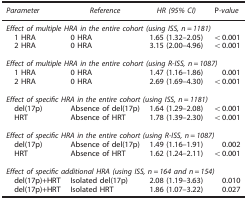
<table><thead><tr><td><b><i>Parameter</i></b></td><td><b><i>Reference</i></b></td><td><b><i>HR (95% CI)</i></b></td><td><b>P<i>-value</i></b></td></tr></thead><tbody><tr><td colspan="4"><i>Effect of multiple HRA in the entire cohort (using ISS, n=1181)</i></td></tr><tr><td> 1 HRA</td><td>0 HRA</td><td>1.65 (1.32–2.05)</td><td>&lt;0.001</td></tr><tr><td> 2 HRA</td><td>0 HRA</td><td>3.15 (2.00–4.96)</td><td>&lt;0.001</td></tr><tr><td> </td><td> </td><td> </td><td> </td></tr><tr><td colspan="4"><i>Effect of multiple HRA in the entire cohort (using R-ISS, n=1087)</i></td></tr><tr><td> 1 HRA</td><td>0 HRA</td><td>1.47 (1.16–1.86)</td><td>0.001</td></tr><tr><td> 2 HRA</td><td>0 HRA</td><td>2.69 (1.69–4.30)</td><td>&lt;0.001</td></tr><tr><td> </td><td> </td><td> </td><td> </td></tr><tr><td colspan="4"><i>Effect of specific HRA in the entire cohort (using ISS, n=1181)</i></td></tr><tr><td> del(17p)</td><td>Absence of del(17p)</td><td>1.64 (1.29–2.08)</td><td>&lt;0.001</td></tr><tr><td> HRT</td><td>Absence of HRT</td><td>1.78 (1.39–2.30)</td><td>&lt;0.001</td></tr><tr><td> </td><td> </td><td> </td><td> </td></tr><tr><td colspan="4"><i>Effect of specific HRA in the entire cohort (using R-ISS, n=1087)</i></td></tr><tr><td> del(17p)</td><td>Absence of del(17p)</td><td>1.49 (1.16–1.91)</td><td>0.002</td></tr><tr><td> HRT</td><td>Absence of HRT</td><td>1.62 (1.24–2.11)</td><td>&lt;0.001</td></tr><tr><td> </td><td> </td><td> </td><td> </td></tr><tr><td colspan="4"><i>Effect of specific additional HRA (using ISS, n=164 and n=154)</i></td></tr><tr><td> del(17p)+HRT</td><td>Isolated del(17p)</td><td>2.08 (1.19–3.63)</td><td>0.010</td></tr><tr><td> del(17p)+HRT</td><td>Isolated HRT</td><td>1.86 (1.07–3.22)</td><td>0.027</td></tr></tbody></table>